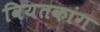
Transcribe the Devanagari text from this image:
वियतकांग